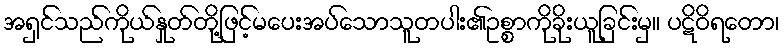
အရှင်သည်ကိုယ်နှုတ်တို့ဖြင့်မပေးအပ်သောသူတပါး၏ဥစ္စာကိုခိုးယူခြင်းမှ။ ပဋိဝိရတော၊